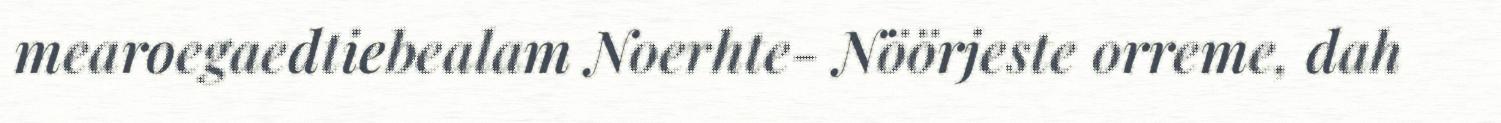
mearoegaedtiebealam Noerhte- Nöörjeste orreme, dah